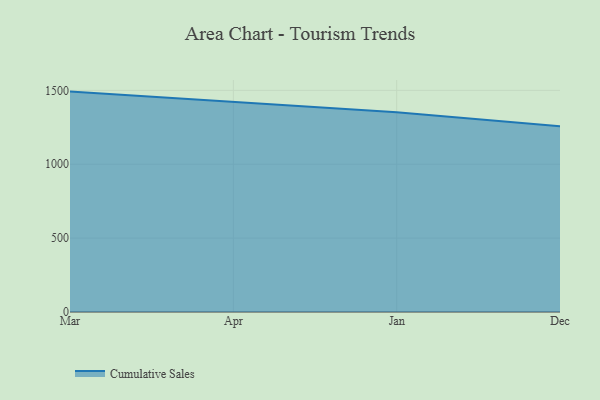
{"axis": {"x": "Month", "y": "LTV (USD)"}, "legend": ["Cumulative Sales"], "data": [{"x": "Mar", "y": 1491.4, "type": "Cumulative Sales"}, {"x": "Apr", "y": 1423.0, "type": "Cumulative Sales"}, {"x": "Jan", "y": 1350.9, "type": "Cumulative Sales"}, {"x": "Dec", "y": 1256.6, "type": "Cumulative Sales"}]}